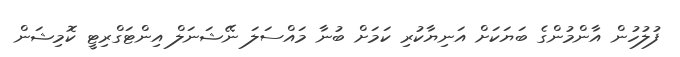
ފުލުހުން އާންމުންގެ ބަޔަކަށް އަނިޔާކުރި ކަމަށް ބުނާ މައްސަލަ ނޭޝަނަލް އިންޓަގްރިޓީ ކޮމިޝަން